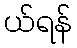
ယ်ရန်